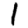
Digit: 1